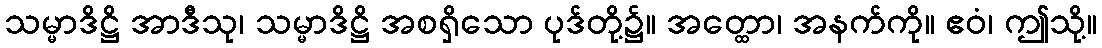
သမ္မာဒိဋ္ဌိ အာဒီသု၊ သမ္မာဒိဋ္ဌိ အစရှိသော ပုဒ်တို့၌။ အတ္ထော၊ အနက်ကို။ ဧဝံ၊ ဤသို့။